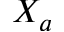
X _ { a }